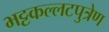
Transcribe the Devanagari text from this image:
भट्टकल्लटपुत्रेण